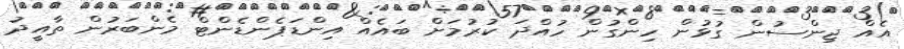
އެއް ޖިންސުން ގުޅުން ހިންގުން ހުއްދަ ކުރުމަށް ބައެއް އިންޑަޕެންޑެންޓް މެންބަރުން ތާއީދު